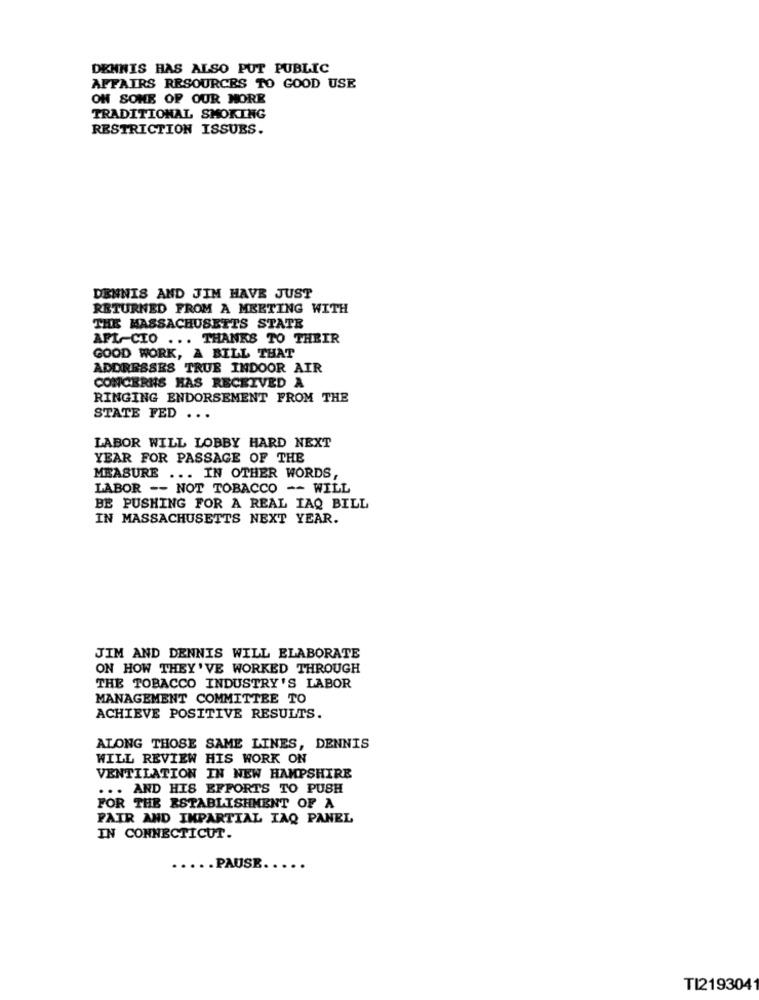
DENNIS HAS ALSO PUT PUBLIC
AFFAIRS RESOURCES TO GOOD USE
OH SONE OF OUR MORE
TRADITIONAL SMOKING
RESTRICTION ISSUES.
DENNIS AND JIM HAVE JUST
RETURNED FROM A MEETING WITH
THE MASSACHUSETTS STATE
AFL-CIO ... THANKS TO THEIR
GOOD WORK, A BILL THAT
ADDRESSES TRUE INDOOR AIR
CONCERNS HAS RECEIVED A
RINGING ENDORSEMENT FROM THE
STATE FED ...
LABOR WILL LOBBY HARD NEXT
YEAR FOR PASSAGE OF THE
MEASURE ... IN OTHER WORDS,
LABOR -- NOT TOBACCO -- WILL
BE PUSHING FOR A REAL IAQ BILL
IN MASSACHUSETTS NEXT YEAR.
JIM AND DENNIS WILL ELABORATE
ON HOW THEY'VE WORKED THROUGH
THE TOBACCO INDUSTRY'S LABOR
MANAGEMENT COMMITTEE TO
ACHIEVE POSITIVE RESULTS.
ALONG THOSE SAME LINES, DENNIS
WILL REVIEW HIS WORK ON
VENTILATION IN NEW HAMPSHIRE
... AND HIS EFFORTS TO PUSH
FOR THE ESTABLISHMENT OF A
FAIR AND IMPARTIAL TAQ PANEL
IN CONNECTICUT.
..... PAUSE.
TI2193041